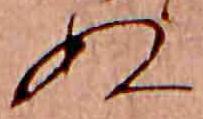
ぬ